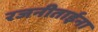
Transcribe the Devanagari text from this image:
रजनीताईना